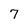
Character: 7